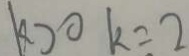
k > 0 k = 2